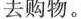
去购物。